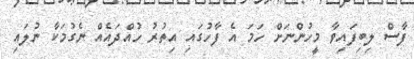
ފާސް ލިބިފައިވާ މީހުންނަށް ހަމަ އެ ފާހުގައި އިތުރު ހުއްދައެއް ނެގުމަކާ ނުލައި